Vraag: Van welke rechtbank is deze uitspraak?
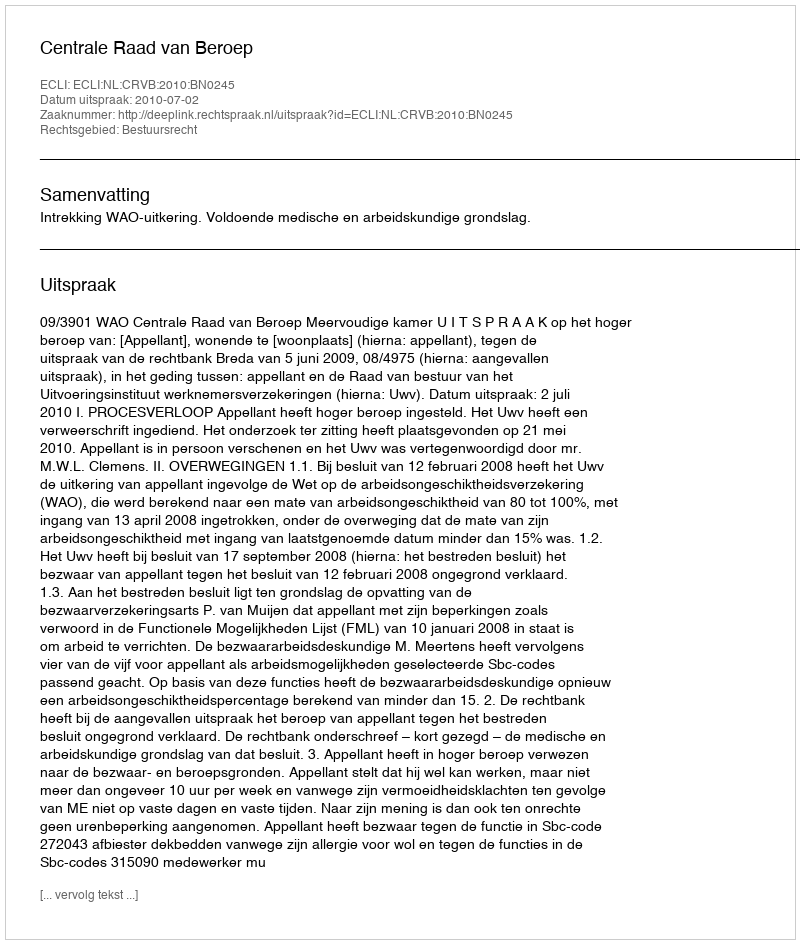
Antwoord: Centrale Raad van Beroep